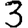
Digit: 3